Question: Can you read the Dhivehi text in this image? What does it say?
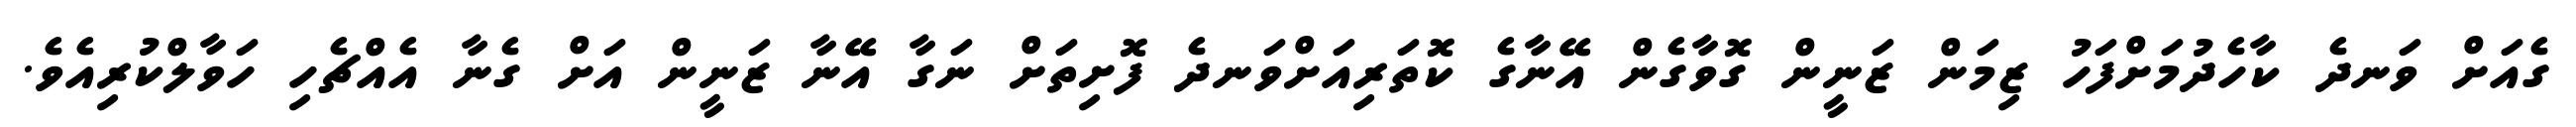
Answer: ގެއަށް ވަނދެ ކާހެދުމަށްފަހު ޒިމަން ޒަނީން ގޮވާގެން އޭނާގެ ކޮތަރިއަށްވަނދެ ފޮށިތަށް ނަގާ އޭނާ ޒަނީން އަށް ގެނާ އެއްޗެހި ހަވާލްކުރިއެވެ.